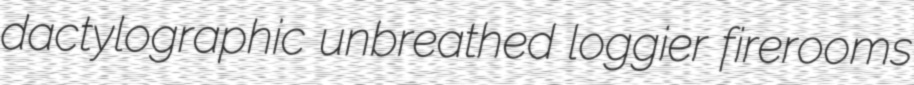
dactylographic unbreathed loggier firerooms